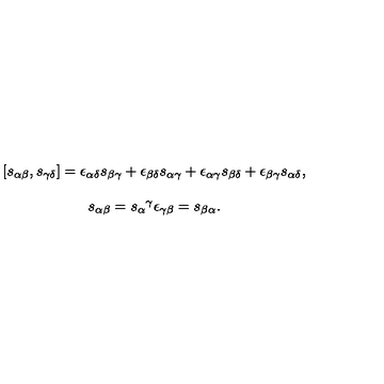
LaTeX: \begin{array} { c } { [ s _ { \alpha \beta } , s _ { \gamma \delta } ] = \epsilon _ { \alpha \delta } s _ { \beta \gamma } + \epsilon _ { \beta \delta } s _ { \alpha \gamma } + \epsilon _ { \alpha \gamma } s _ { \beta \delta } + \epsilon _ { \beta \gamma } s _ { \alpha \delta } , } \\ { { } } \\ { s _ { \alpha \beta } = s _ { \alpha } { } ^ { \gamma } \epsilon _ { \gamma \beta } = s _ { \beta \alpha } . } \\ \end{array}